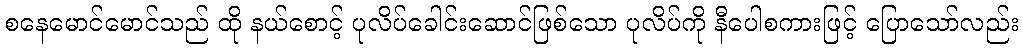
စနေမောင်မောင်သည် ထို နယ်စောင့် ပုလိပ်ခေါင်းဆောင်ဖြစ်သော ပုလိပ်ကို နီပေါစကားဖြင့် ပြောသော်လည်း